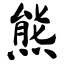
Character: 熊